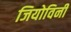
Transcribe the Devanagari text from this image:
जियोविनी